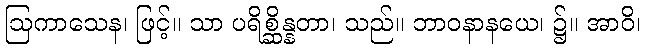
ဩကာသေန၊ ဖြင့်။ သာ ပရိစ္ဆိန္နတာ၊ သည်။ ဘာဝနာနယေ၊ ၌။ အာဝိ၊